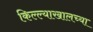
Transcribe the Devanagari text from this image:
किल्ल्याखालच्या